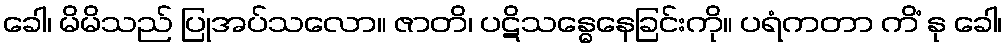
ခေါ၊ မိမိသည် ပြုအပ်သလော။ ဇာတိ၊ ပဋိသန္ဓေနေခြင်းကို။ ပရံကတာ ကိံ နု ခေါ၊